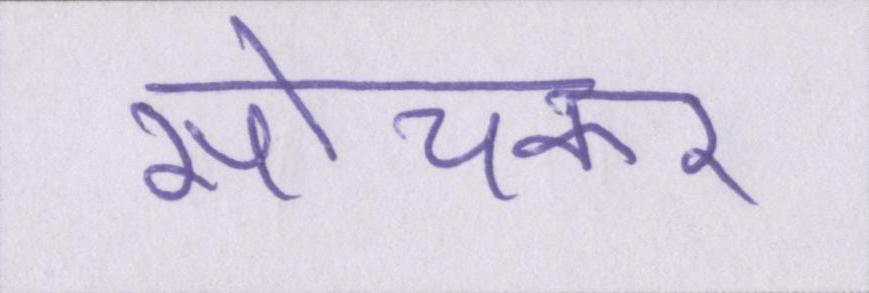
सोचकर